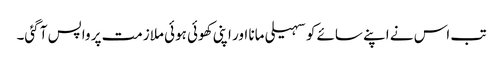
تب اس نے اپنے سائے کو سہیلی مانا اور اپنی کھوئی ہوئی ملازمت پر واپس آ گئی۔